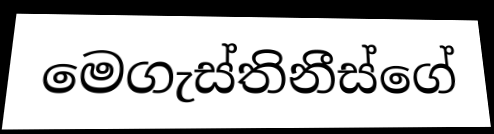
මෙගැස්තිනීස්ගේ